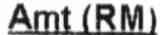
AMT (RM)